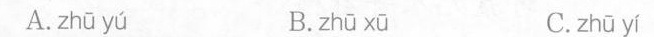
A.zhū yú B. zhū xú C.zhū yí